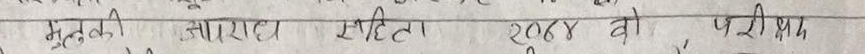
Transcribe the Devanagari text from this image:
मुतुकी आवास हीता २०७४ दो परीध